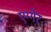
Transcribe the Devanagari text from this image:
एग्गेर